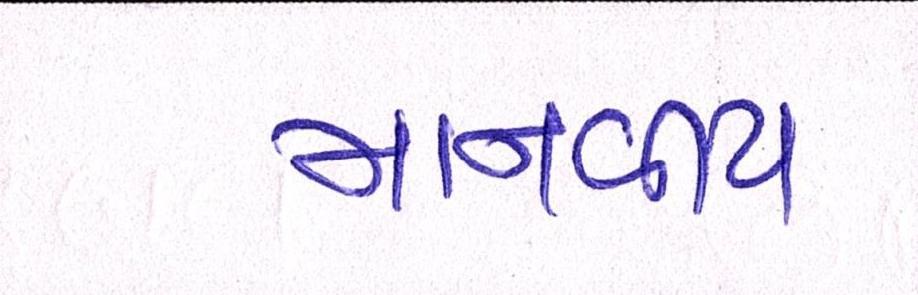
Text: માનવીય